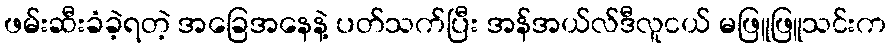
ဖမ်းဆီးခံခဲ့ရတဲ့ အခြေအနေနဲ့ ပတ်သက်ပြီး အန်အယ်လ်ဒီလူငယ် မဖြူဖြူသင်းက